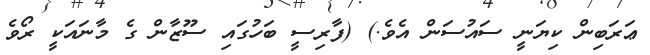
ޢަރަބިން ކިޔަނީ ސައުސަން އެވެ.) (ފާރިސީ ބަހުގައި ސޫޒާން ގެ މާނައަކީ ރޯވެ